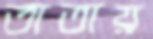
তাতায়